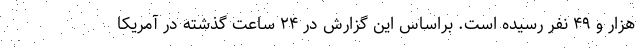
هزار و ۴۹ نفر رسیده است. براساس این گزارش در ۲۴ ساعت گذشته در آمریکا